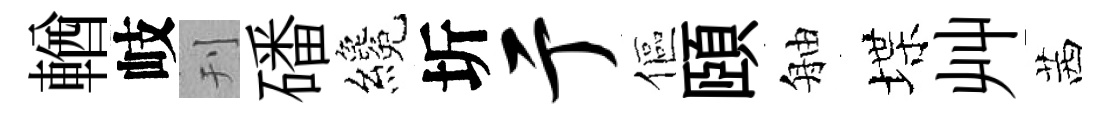
輶岐刊磻纔圻亍傴頤舳堞艸茜